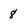
Character: 8